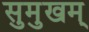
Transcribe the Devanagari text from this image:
सुमुखम्